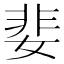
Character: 婓